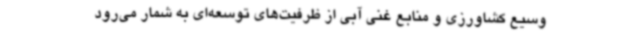
وسیع کشاورزی و منابع غنی آبی از ظرفیت‌های توسعه‌ای به شمار می‌رود